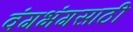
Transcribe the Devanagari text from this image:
वंगभंगसाठी